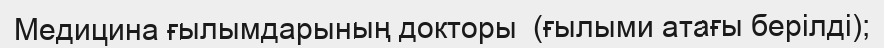
Медицина ғылымдарының докторы  (ғылыми атағы берілді);